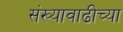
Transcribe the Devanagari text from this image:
संख्यावाढीच्या